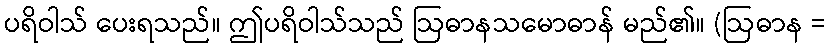
ပရိဝါသ် ပေးရသည်။ ဤပရိဝါသ်သည် ဩဓာနသမောဓာန် မည်၏။ (ဩဓာန =